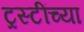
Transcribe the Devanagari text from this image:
ट्रस्टींच्या